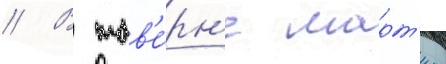
// В тав'е́рн'е март'ина